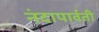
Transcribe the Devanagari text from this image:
नंदापार्वती